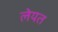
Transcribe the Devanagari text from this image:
लेयत